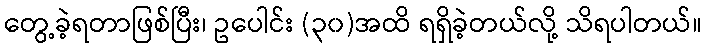
တွေ့ခဲ့ရတာဖြစ်ပြီး၊ ဥပေါင်း (၃၀)အထိ ရရှိခဲ့တယ်လို့ သိရပါတယ်။